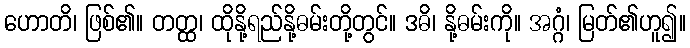
ဟောတိ၊ ဖြစ်၏။ တတ္ထ၊ ထိုနို့ရည်နို့ဓမ်းတို့တွင်။ ဒဓိ၊ နို့ဓမ်းကို။ အဂ္ဂံ၊ မြတ်၏ဟူ၍။